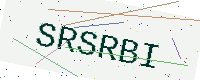
Text: SRSRBI